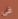
فى